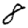
Digit: 8